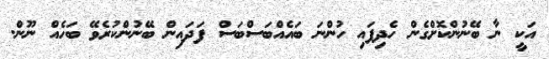
އަކީ ނާ ބޭނުންކޮށްގެން ހެދިފައި ހުންނަ ބައެއްބަސްބަސް ފަދައިން ބޭނުންކުރެވޭ ބަހެއް ނޫން.